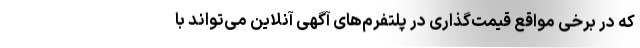
که در برخی مواقع قیمت‌گذاری در پلتفرم‌های آگهی آنلاین می‌تواند با